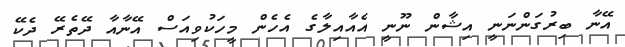
އޭނާ ބިރުގަންނަނީ އިޝާން ނޫނީ އެއާއިލާގެ އެހެން މީހަކުވިއަސް އޭނާއާ ދޭތެރޭ ދެކޭ